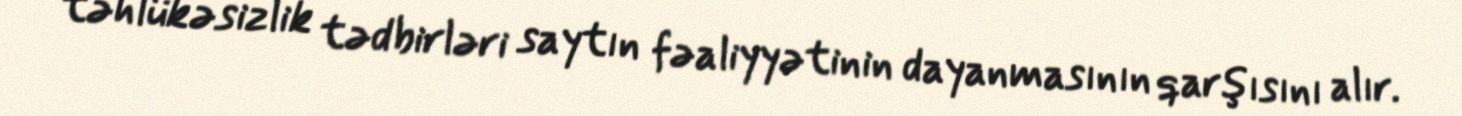
təhlükəsizlik tədbirləri saytın fəaliyyətinin dayanmasının qarşısını alır.